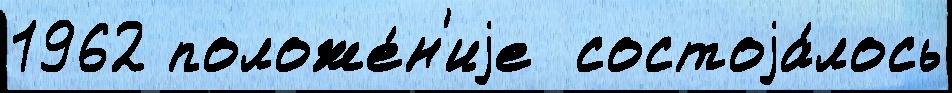
1962 положе́н'иjе  состоjа́лось